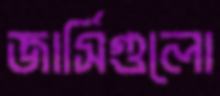
জার্সিগুলো